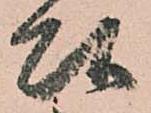
頭